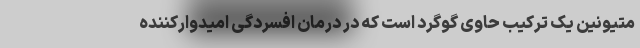
‌متیونین یک ترکیب حاوی گوگرد است که در درمان افسردگی امیدوارکننده